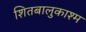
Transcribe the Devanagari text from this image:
शितबालुकाश्म